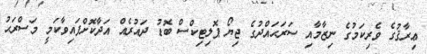
ޢިރާޤުގެ ވެރިކަމުގެ ނިޒާމާއި ސަރަޙައްދުގެ ޖިޔޯ ޕޮލިޓިކްސް ބޮޑު ދައުރެއް އަދާކޮށްފައިވާކަމީ މަސްރަޙު